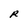
Character: R